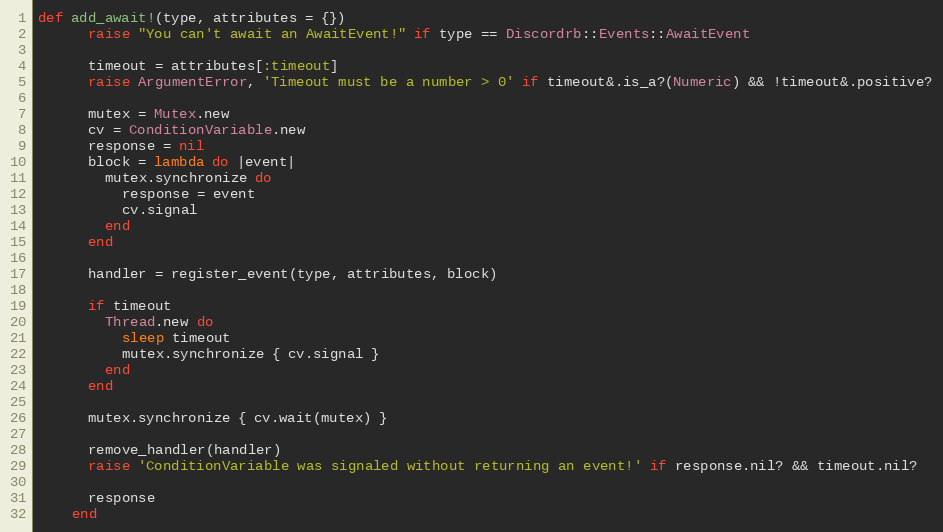
Language: Ruby
def add_await!(type, attributes = {})
      raise "You can't await an AwaitEvent!" if type == Discordrb::Events::AwaitEvent

      timeout = attributes[:timeout]
      raise ArgumentError, 'Timeout must be a number > 0' if timeout&.is_a?(Numeric) && !timeout&.positive?

      mutex = Mutex.new
      cv = ConditionVariable.new
      response = nil
      block = lambda do |event|
        mutex.synchronize do
          response = event
          cv.signal
        end
      end

      handler = register_event(type, attributes, block)

      if timeout
        Thread.new do
          sleep timeout
          mutex.synchronize { cv.signal }
        end
      end

      mutex.synchronize { cv.wait(mutex) }

      remove_handler(handler)
      raise 'ConditionVariable was signaled without returning an event!' if response.nil? && timeout.nil?

      response
    end